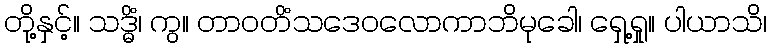
တို့နှင့်။ သဒ္ဓိံ၊ ကွ။ တာဝတိံသဒေဝလောကာဘိမုခေါ၊ ရှေ့ရှု။ ပါယာသိ၊